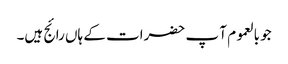
جو بالعموم آ پ حضرات کے ہاں رائج ہیں۔